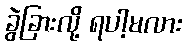
ခွဲခြားလို့ ရပါ့မလား